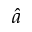
\hat { a }